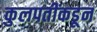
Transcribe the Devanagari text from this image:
कुलपतींकडून